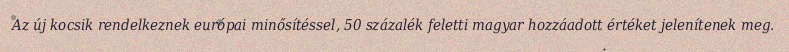
Az új kocsik rendelkeznek európai minősítéssel, 50 százalék feletti magyar hozzáadott értéket jelenítenek meg.